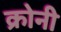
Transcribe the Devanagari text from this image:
क्रोनी